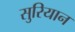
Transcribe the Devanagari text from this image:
सुरियान